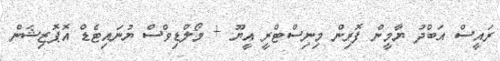
ރައީސް އަބްދު ޔާމީން ފޮރިން މިނިސްޓްރީ އީޔޫ + މޯލްޑިވްސް ޔުނައިޓެޑް އޮޕޮޒިޝަން